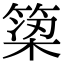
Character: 𫞿